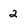
Character: 2